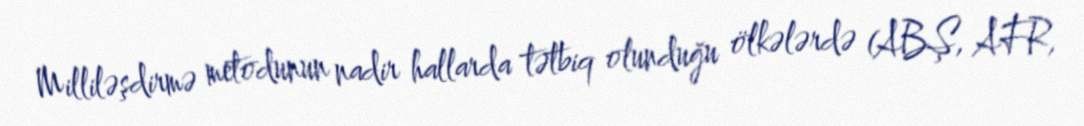
Milliləşdirmə metodunun nadir hallarda tətbiq olunduğu ölkələrdə (ABŞ, AFR,